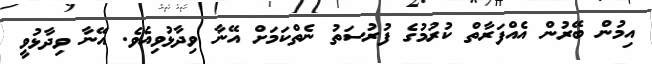
އިމުން ބޭރުން އެއްފަރާތް ކުރުމުގެ ފުރުސަތު ނެތްކަމަށް އޭނާ ވިދާޅުވިއެވެ. އޭނާ ވިދާޅުވީ